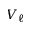
V _ { \ell }